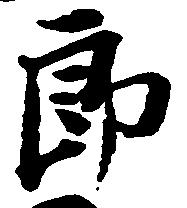
郎